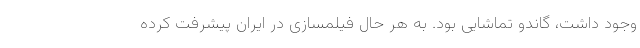
وجود داشت، گاندو تماشایی بود. به هر حال فیلمسازی در ایران پیشرفت کرده